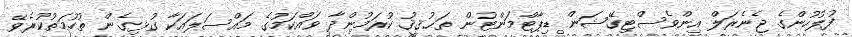
ފުލުހުންގެ ޖެނެރަލް އިންވެސްޓިގޭޝަން ޑިޕާޓްމަންޓުން ތަޙުޤީޤު ކުރަމުންދާ ވައްކަމުގެ މައްސަލައަކާ ގުޅިގެން ތުހުމަތުކުރެވޭ